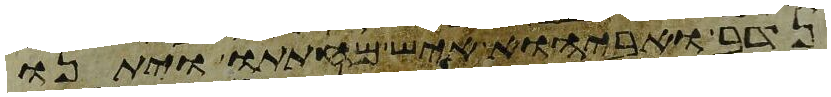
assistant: נדב ואביהוא איש מחתתו ויתנו